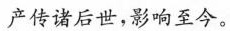
产传诸后世，影响至今。